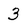
Character: 3